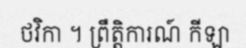
ថវិកា ។ ព្រឹត្តិការណ៍ កីឡា